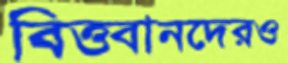
বিত্তবানদেরও